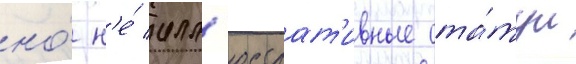
но́ н'е́ илл'юстрат'ивные ста́туи